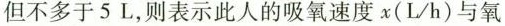
但不多于5L，则表示此人的吸氧速度x(L/h)与氧